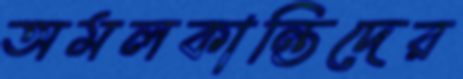
অমলকান্তিদের